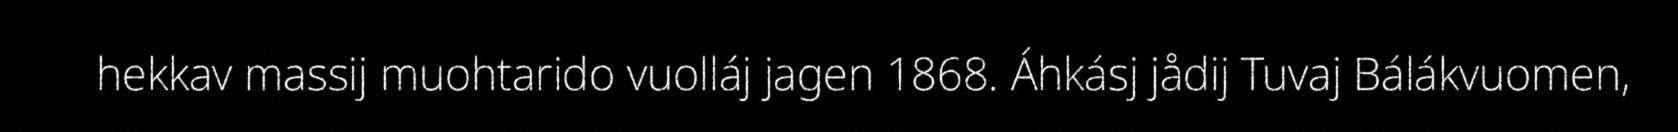
hekkav massij muohtarido vuolláj jagen 1868. Áhkásj jådij Tuvaj Bálákvuomen,